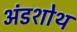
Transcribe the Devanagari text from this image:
अंडशोथ